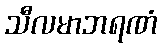
သီလမာဘရဏံ